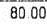
80.00